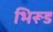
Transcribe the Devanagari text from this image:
भिरूड